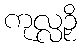
ကုလ္လဉှိ